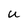
Character: U